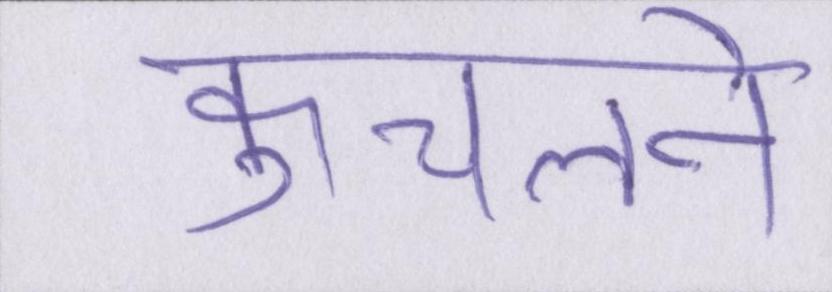
कुचलने